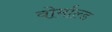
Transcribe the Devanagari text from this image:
वोर्माल्ड